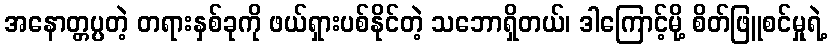
အနောတ္တပ္ပတဲ့ တရားနှစ်ခုကို ဖယ်ရှားပစ်နိုင်တဲ့ သဘောရှိတယ်၊ ဒါကြောင့်မို့ စိတ်ဖြူစင်မှုရဲ့